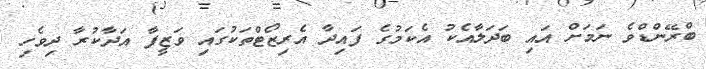
ބްރޭންޑްވެ ނަމަށް އައި ބަދަލާއެކު އެކަމުގެ ފައިދާ އެރިޒޯޓްތަކުގައި ވަޒީފާ އަދާކުރާ ދިވެހި